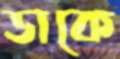
ডাকে